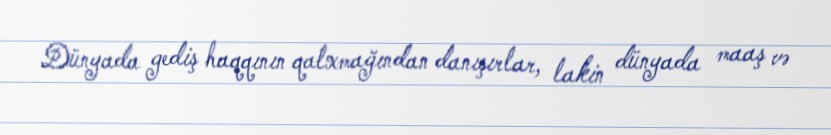
Dünyada gediş haqqının qalxmağından danışırlar, lakin dünyada maaş və